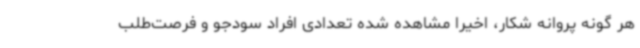
هر گونه پروانه شکار، اخیرا مشاهده شده تعدادی افراد سودجو و فرصت‌طلب